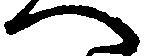
へ